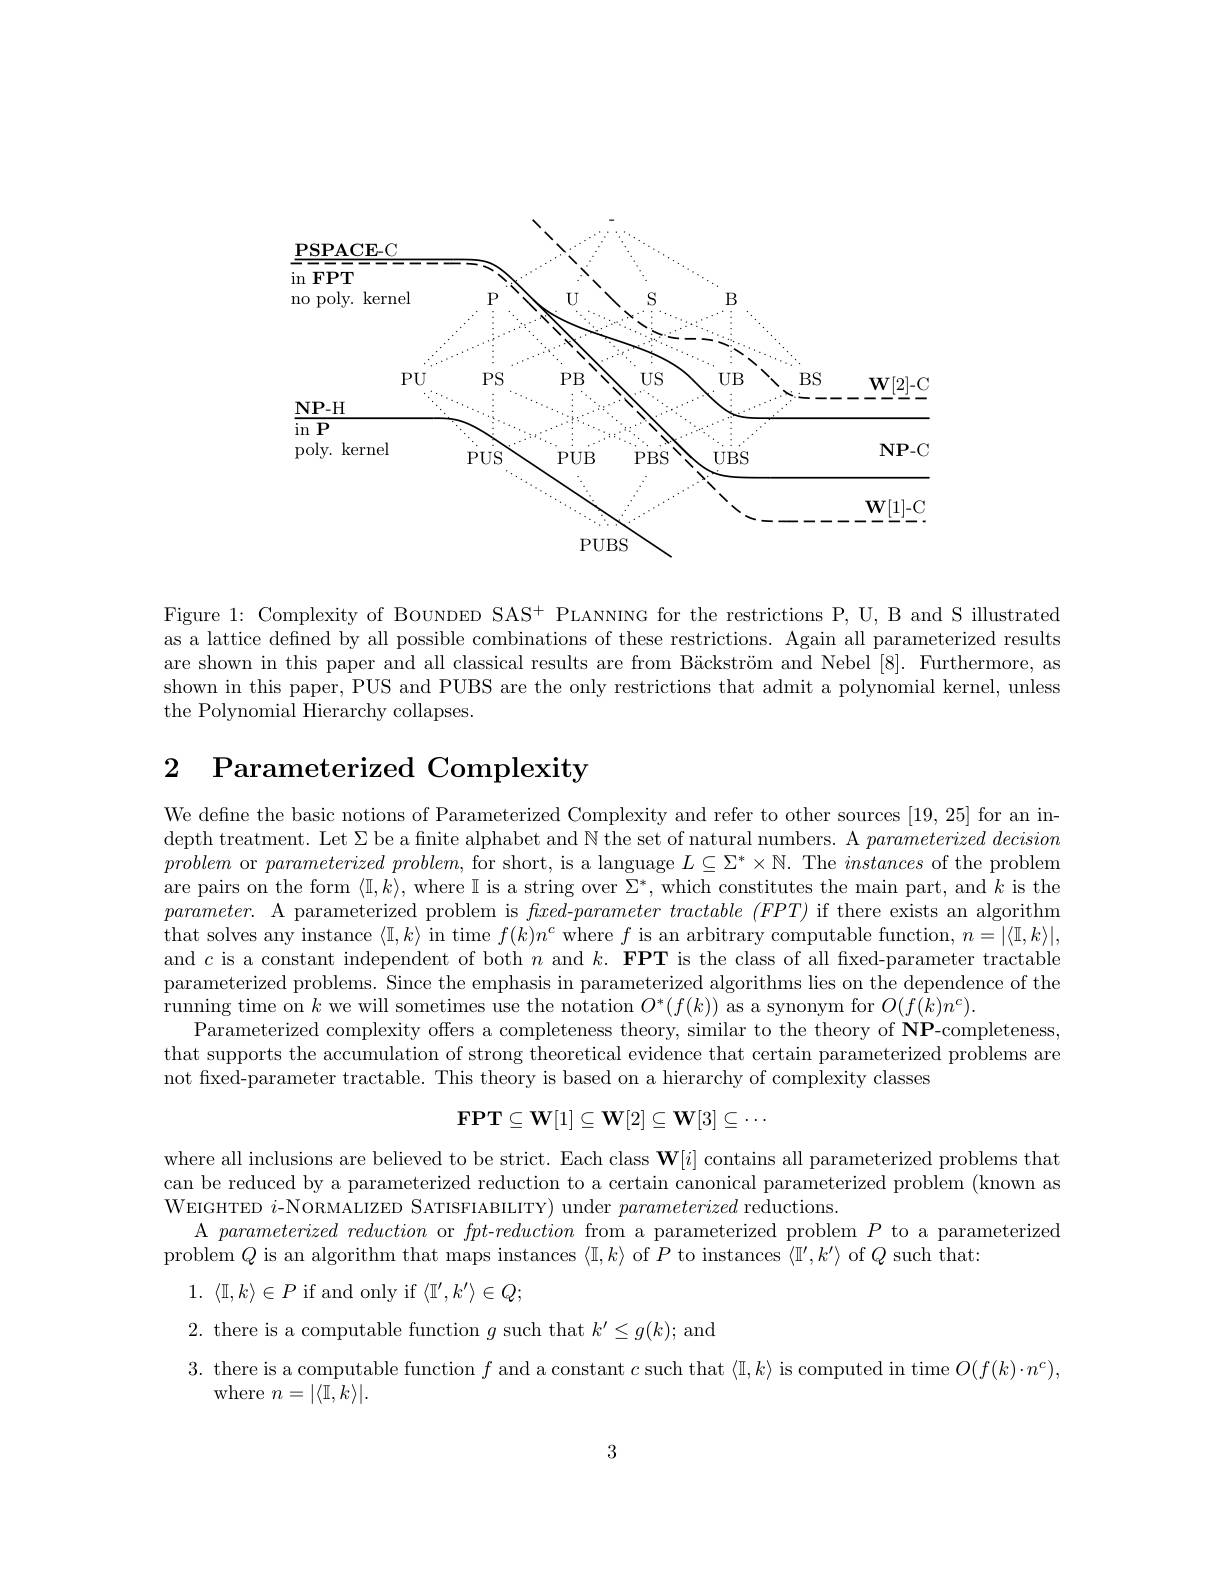
<FigureHere>

Figure 1: Complexity of Bounpen SAS+ PLANNING for the restrictions P, U, B and S illustrated as a lattice defned by all possible combinations of these restrictions. Again all parameterized results are shown in this paper and all classical results are from Bäckström and Nebel [8]. Furthermore, as shown in this paper, PUS and PUBS are the only restrictions that admit a polynomial kernel, unless the Polynomial Hierarchy collapses.

# 2 Parameterized Complexity

We defne the basic notions of Parameterized Complexity and refer to other sources [19,25] for an indepth treatment. Let $\Sigma$ be a finite alphabet and $\mathbb{N}$ the set of natural numbers. A $parameterized\textit{ decision}$ problem or parameterized $problem$, for short, is a language $L\subseteq\Sigma^*\times\mathbb{N}.$ The instances of the problem are pairs on the form $\langle\mathbb{I},k\rangle$, where $\mathbb{I}$ is a string over $\Sigma^*$, which constitutes the main part, and $k$ is the $parameter.$ A parameterized problem is $flxed- parameter\textit{tractable }( FPT)$ if there exists an algorithm that solves any instance $\langle\mathbb{I},k\rangle$ in time $f(k)n^c$ where $f$ is an arbitrary computable function, $n=|\langle\mathbb{I},k\rangle|$, and $c$ is a constant independent of both $n$ and $k. \textbf{ FPT is the class of all fxed- parameter tractable}$ parameterized problems. Since the emphasis in parameterized algorithms lies on the dependence of the running time on $k$ we will sometimes use the notation $O^*(f(k))$ as a synonym for $O(f(k)n^c).$
Parameterized complexity offers a completeness theory, similar to the theory of NP-completeness that supports the accumulation of strong theoretical evidence that certain parameterized problems are not fixed-parameter tractable. This theory is based on a hierarchy of complexity classes
$$\mathbf{FPT}\subseteq\mathbf{W}[1]\subseteq\mathbf{W}[2]\subseteq\mathbf{W}[3]\subseteq\cdots $$
where all inclusions are believed to be strict. Each class $\mathbf{W}[i]$ contains all parameterized problems that can be reduced by a parameterized reduction to a certain canonical parameterized problem (known as WEIGHTED $i$-NORMALIZED SATISFIABIILITY) under parameterized reductions.
A $parameterized\textit{ reduction or fpt- reduction from a parameterized problem }P$ to a parameterized
problem $Q$ is an algorithm that maps instances $\langle\mathbb{I},k\rangle$ of $P$ to instances $\langle\mathbb{I}^\prime,k^{\prime}\rangle$ of $Q$ such that:
1. $\langle \mathbb{I} , k\rangle \in P$ if and only if $\langle\mathbb{I}^\prime,k^\prime\rangle\in Q;$

2. there is a computable function $g$ such that $k^\prime\leq g(k);$ and

3. there is a computable function $f$ and a constant $c$ such that $\langle\mathbb{I},k\rangle$ is computed in time $O(f(k)\cdot n^c)$,

where $n=|\langle\mathbb{I},k\rangle|.$

3